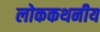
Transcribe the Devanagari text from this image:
लोककथनीय